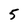
Character: 5